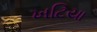
ખટિયા